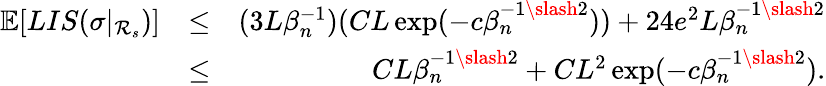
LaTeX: \begin{array}{rlr}{\mathbb{E}[LIS(\sigma|_{\mathcal{R}_{s}})]}&{\leq}&{(3L\beta_{n}^{-1})(CL\exp(-c\beta_{n}^{-1\slash 2}))+24e^{2}L\beta_{n}^{-1\slash 2}}\\ &{\leq}&{CL\beta_{n}^{-1\slash 2}+CL^{2}\exp(-c\beta_{n}^{-1\slash 2}).}\end{array}